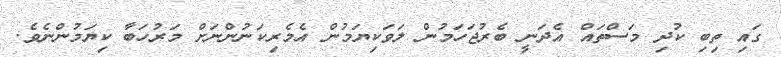
ގައި ތިބި ކުދި މަސްތައް އެދަނީ ބެރުޖަހަމުން ލަވަކިޔަމުން އެމެރިކަނުންނަށް މަރުހަބާ ކިޔަމުންނެވެ.